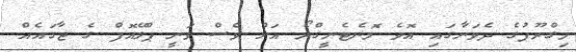
މިގްރޫޕުގެ ދެވަނާގައި އޮވެ މޮނެޓެނީގްރޯ އަށް ވެސް ވަނީ ޕްލޭއޮފް ގެ ޖާގައެއް